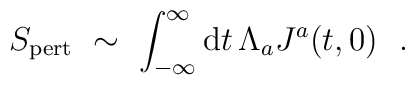
S_{\rm pert} \ \sim \ \int_{-\infty}^\infty {\rm d}t \, \Lambda_a J^a(t,0)     \ \ .